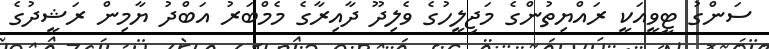
ސަންގު ޓީވީއަކީ ރައްޔިތުންގެ މަޖިލީހުގެ ވެލިދޫ ދާއިރާގެ މެމްބަރު އަބްދު ޔާމިން ރަޝީދުގެ